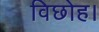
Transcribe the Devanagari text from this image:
विछोह।